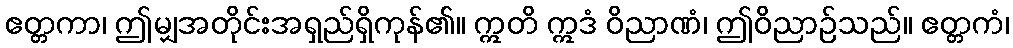
ဧတ္တကာ၊ ဤမျှအတိုင်းအရှည်ရှိကုန်၏။ ဣတိ ဣဒံ ဝိညာဏံ၊ ဤဝိညာဉ်သည်။ ဧတ္တကံ၊